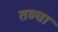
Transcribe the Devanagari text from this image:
तव्चा